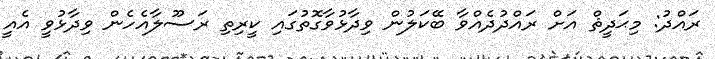
ރައްދު: މިޙަދީޘް އަށް ރައްދުދެއްވާ ބޭކަލުން ވިދާޅުވާގޮތުގައި ކީރިތި ރަސޫލާއެހެން ވިދާޅުވީ އެއީ